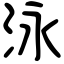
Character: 泳